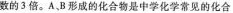
数的3倍。A、B形成的化合物是中学化学常见的化合